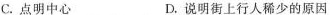
C.点明中心 D.说明街上行人稀少的原因